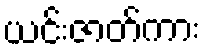
ယင်းဇာတ်ကား